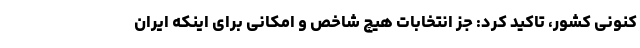
کنونی کشور، تاکید کرد: جز انتخابات هیچ شاخص و امکانی برای اینکه ایران